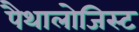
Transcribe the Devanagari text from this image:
पैथालोजिस्ट